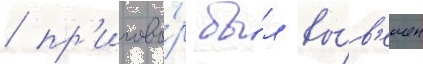
/ пр'игово́р бы́л вы́в'ешен